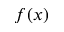
f ( x )